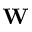
\mathbf { W }